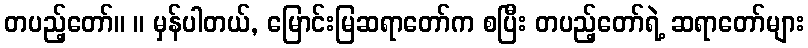
တပည့်တော်။ ။ မှန်ပါတယ်, မြောင်းမြဆရာတော်က စပြီး တပည့်တော်ရဲ့ ဆရာတော်များ